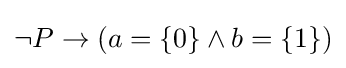
\neg P\to (a=\{0\}\land b=\{1\})